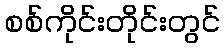
စစ်ကိုင်းတိုင်းတွင်